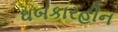
ઘબકારહીન